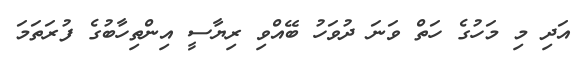
އަދި މި މަހުގެ ހަތް ވަނަ ދުވަހު ބޭއްވި ރިޔާސީ އިންތިހާބުގެ ފުރަތަމަ